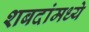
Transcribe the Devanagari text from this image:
शबदांमध्ये